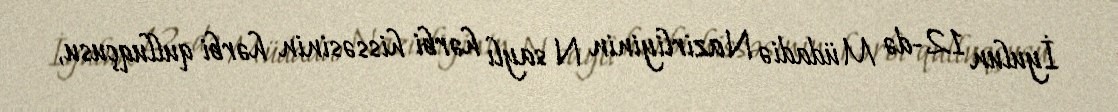
İyulun 12-də Müdadiə Nazirliyinin N saylı hərbi hissəsinin hərbi qulluqçusu,